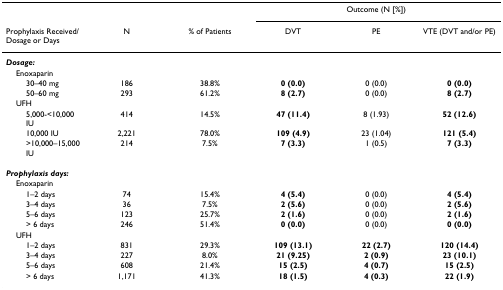
|  |  |  | <COLSPAN=3> Outcome (N [%]) |
 | Prophylaxis Received/Dosage or Days | N | % of Patients | DVT | PE | VTE (DVT and/or PE) |
 | --- | --- | --- | --- | --- | --- |
 | <COLSPAN=6> Dosage: |
 | Enoxaparin |  |  |  |  |  |
 | 30–40 mg | 186 | 38.8% | 0 (0.0) | 0 (0.0) | 0 (0.0) |
 | 50–60 mg | 293 | 61.2% | 8 (2.7) | 0 (0.0) | 8 (2.7) |
 | UFH |  |  |  |  |  |
 | 5,000-<10,000 IU | 414 | 14.5% | 47 (11.4) | 8 (1.93) | 52 (12.6) |
 | 10,000 IU | 2,221 | 78.0% | 109 (4.9) | 23 (1.04) | 121 (5.4) |
 | >10,000–15,000 IU | 214 | 7.5% | 7 (3.3) | 1 (0.5) | 7 (3.3) |
 | <COLSPAN=6> Prophylaxis days: |
 | Enoxaparin |  |  |  |  |  |
 | 1–2 days | 74 | 15.4% | 4 (5.4) | 0 (0.0) | 4 (5.4) |
 | 3–4 days | 36 | 7.5% | 2 (5.6) | 0 (0.0) | 2 (5.6) |
 | 5–6 days | 123 | 25.7% | 2 (1.6) | 0 (0.0) | 2 (1.6) |
 | > 6 days | 246 | 51.4% | 0 (0.0) | 0 (0.0) | 0 (0.0) |
 | UFH |  |  |  |  |  |
 | 1–2 days | 831 | 29.3% | 109 (13.1) | 22 (2.7) | 120 (14.4) |
 | 3–4 days | 227 | 8.0% | 21 (9.25) | 2 (0.9) | 23 (10.1) |
 | 5–6 days | 608 | 21.4% | 15 (2.5) | 4 (0.7) | 15 (2.5) |
 | > 6 days | 1,171 | 41.3% | 18 (1.5) | 4 (0.3) | 22 (1.9) |